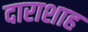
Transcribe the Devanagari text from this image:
दाराशाह